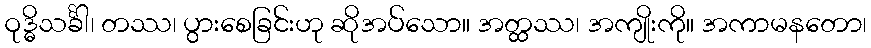
ဝုဒ္ဓိသင်္ခါ၊ တဿ၊ ပွားစေခြင်းဟု ဆိုအပ်သော။ အတ္ထဿ၊ အကျိုးကို။ အကာမနတော၊